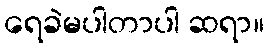
ရေခဲမပါတာပါ ဆရာ။